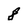
Character: 8